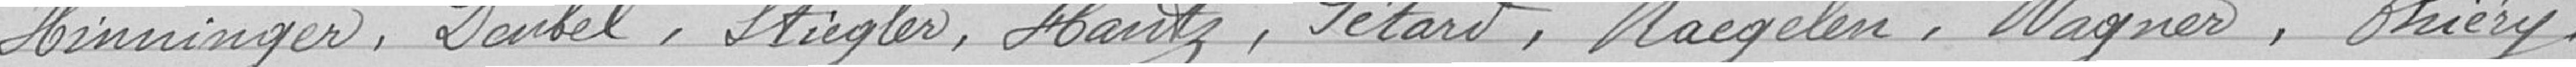
Le Conseil, après en avoir délibéré,